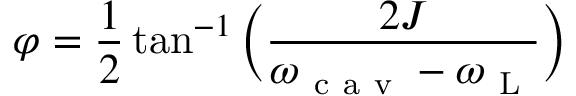
\varphi = \frac { 1 } { 2 } \tan ^ { - 1 } \bigg ( \frac { 2 J } { \omega _ { \mathrm { ~ c ~ a ~ v ~ } } - \omega _ { \mathrm { ~ L ~ } } } \bigg )